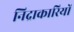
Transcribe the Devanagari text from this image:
निद्राकारियों